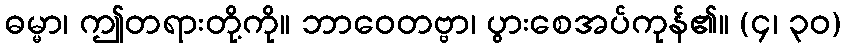
ဓမ္မာ၊ ဤတရားတို့ကို။ ဘာဝေတဗ္ဗာ၊ ပွားစေအပ်ကုန်၏။ (၄၊ ၃၀)